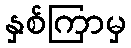
နှစ်ကြာမှ